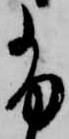
尚